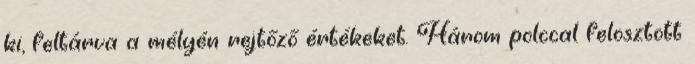
ki, feltárva a mélyén rejtőző értékeket. Három polccal felosztott